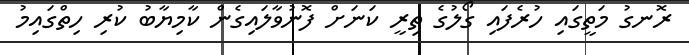
ރޮނގު މަތީގައި ހުރެފައި ގޯލުގެ ތިރީ ކަނަށް ފޮނުވާލައިގެން ކާމިޔާބު ކުރި ހިތްގައިމު